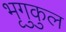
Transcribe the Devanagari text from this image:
भृगुकुल